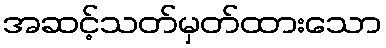
အဆင့်သတ်မှတ်ထားသော